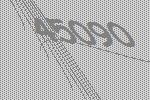
45090